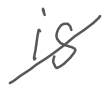
Text: is
Cross-out: mix
Writing tool: digital_gray